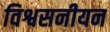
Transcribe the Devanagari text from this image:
विश्वसनीयन